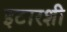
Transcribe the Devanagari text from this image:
इटारशी